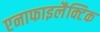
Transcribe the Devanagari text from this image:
एनाफाइलैक्टिक